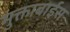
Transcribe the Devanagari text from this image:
मुक्ताबाईस